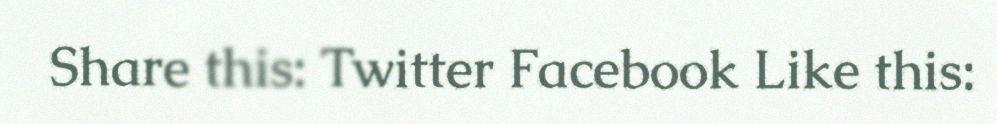
Share this: Twitter Facebook Like this: